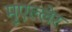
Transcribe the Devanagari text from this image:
मुएल्लेर